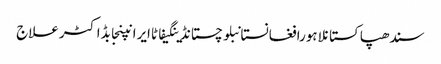
سندھپاکستانلاہورافغانستانبلوچستانڈینگیفاٹاایرانپنجابڈاکٹرعلاج